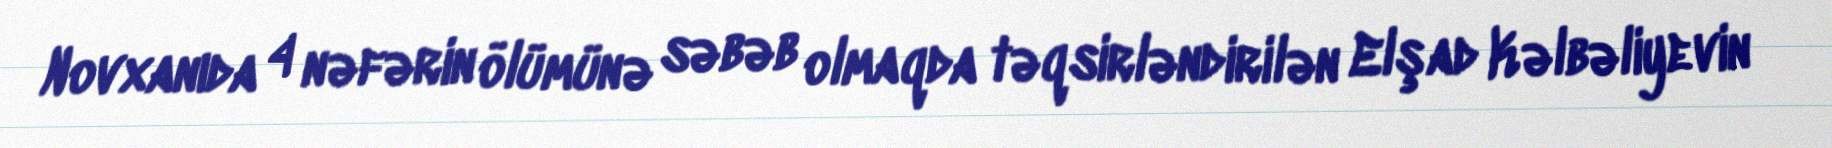
Novxanıda 4 nəfərin ölümünə səbəb olmaqda təqsirləndirilən Elşad Kəlbəliyevin